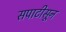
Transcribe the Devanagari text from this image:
सपाटीसून